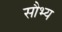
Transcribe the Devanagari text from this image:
सौभ्य